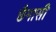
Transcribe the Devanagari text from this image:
छैमासी